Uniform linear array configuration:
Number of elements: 24
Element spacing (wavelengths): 1
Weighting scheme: binomial
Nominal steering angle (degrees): -60
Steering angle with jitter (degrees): -61.337
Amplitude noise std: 0.05
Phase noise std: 0.05

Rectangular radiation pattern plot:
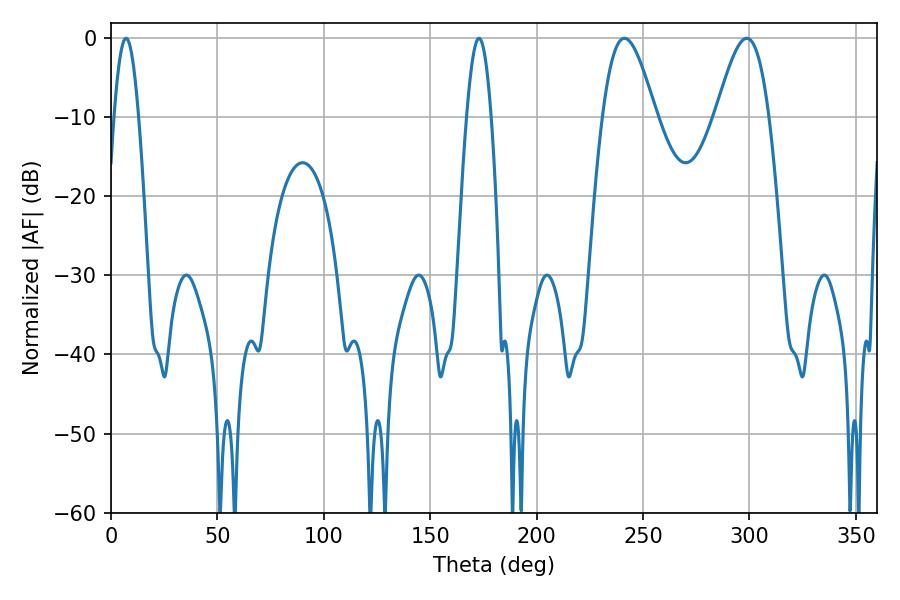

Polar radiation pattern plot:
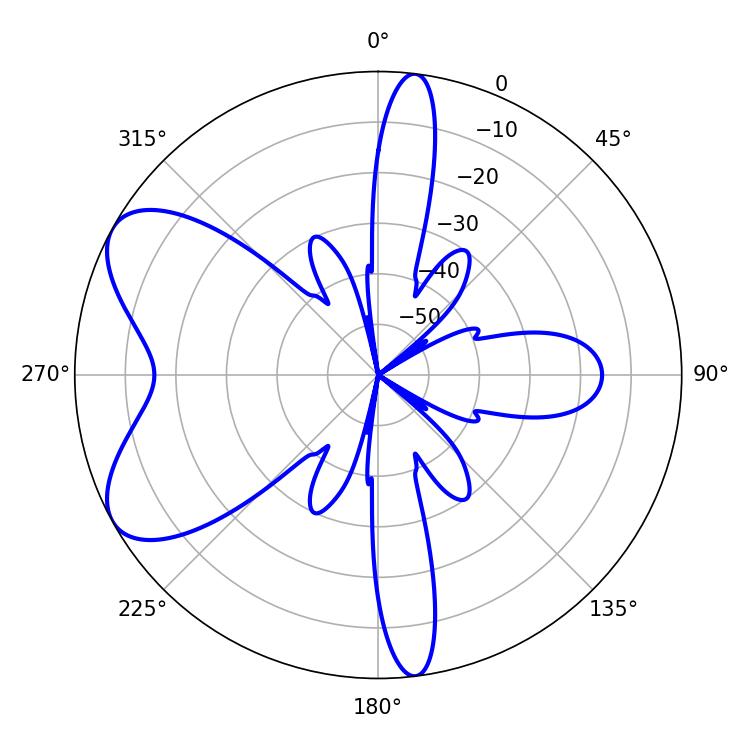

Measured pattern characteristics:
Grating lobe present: TRUE
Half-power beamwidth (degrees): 13.32
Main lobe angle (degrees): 241.2